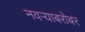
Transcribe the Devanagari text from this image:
नवऱ्याबरोबर